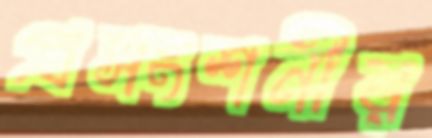
প্রসংশনীয়